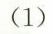
(1)